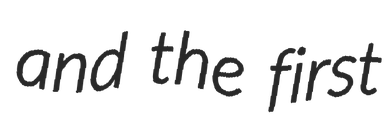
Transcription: and the first